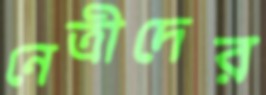
নেত্রীদের